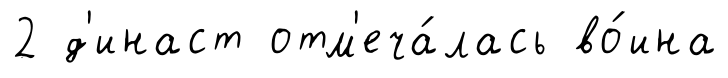
2 д'инаст отм'еча́лась во́ина